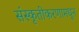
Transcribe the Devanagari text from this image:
संस्कृतीकरणामधून